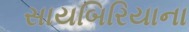
સાયબિરિયાના